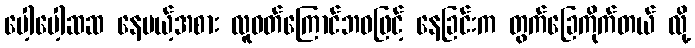
ပေါ့ပေါ့ဆဆ နေမယ့်အစား လူဝတ်ကြောင်ဘဝဖြင့် နေခြင်းက တွက်ခြေကိုက်တယ် လို့